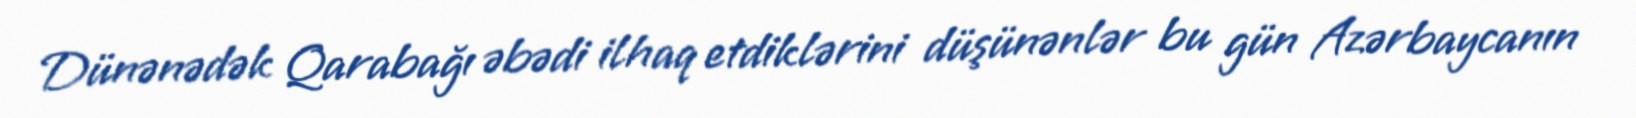
Dünənədək Qarabağı əbədi ilhaq etdiklərini düşünənlər bu gün Azərbaycanın